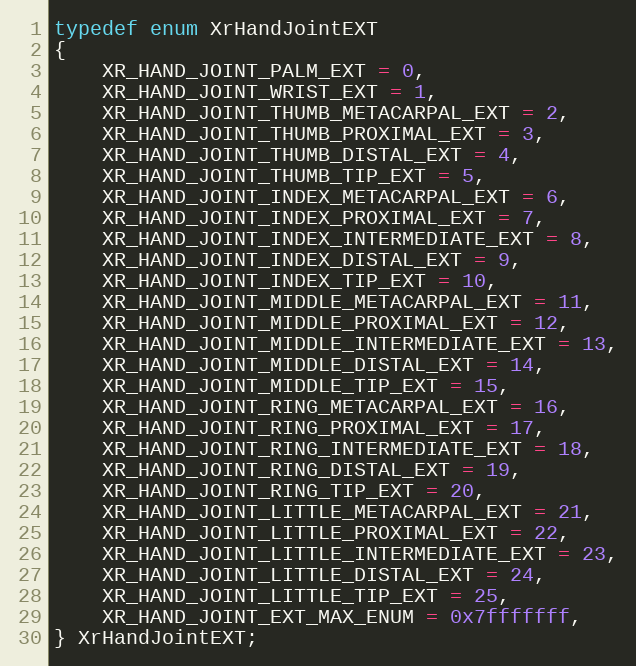
Language: C
typedef enum XrHandJointEXT
{
    XR_HAND_JOINT_PALM_EXT = 0,
    XR_HAND_JOINT_WRIST_EXT = 1,
    XR_HAND_JOINT_THUMB_METACARPAL_EXT = 2,
    XR_HAND_JOINT_THUMB_PROXIMAL_EXT = 3,
    XR_HAND_JOINT_THUMB_DISTAL_EXT = 4,
    XR_HAND_JOINT_THUMB_TIP_EXT = 5,
    XR_HAND_JOINT_INDEX_METACARPAL_EXT = 6,
    XR_HAND_JOINT_INDEX_PROXIMAL_EXT = 7,
    XR_HAND_JOINT_INDEX_INTERMEDIATE_EXT = 8,
    XR_HAND_JOINT_INDEX_DISTAL_EXT = 9,
    XR_HAND_JOINT_INDEX_TIP_EXT = 10,
    XR_HAND_JOINT_MIDDLE_METACARPAL_EXT = 11,
    XR_HAND_JOINT_MIDDLE_PROXIMAL_EXT = 12,
    XR_HAND_JOINT_MIDDLE_INTERMEDIATE_EXT = 13,
    XR_HAND_JOINT_MIDDLE_DISTAL_EXT = 14,
    XR_HAND_JOINT_MIDDLE_TIP_EXT = 15,
    XR_HAND_JOINT_RING_METACARPAL_EXT = 16,
    XR_HAND_JOINT_RING_PROXIMAL_EXT = 17,
    XR_HAND_JOINT_RING_INTERMEDIATE_EXT = 18,
    XR_HAND_JOINT_RING_DISTAL_EXT = 19,
    XR_HAND_JOINT_RING_TIP_EXT = 20,
    XR_HAND_JOINT_LITTLE_METACARPAL_EXT = 21,
    XR_HAND_JOINT_LITTLE_PROXIMAL_EXT = 22,
    XR_HAND_JOINT_LITTLE_INTERMEDIATE_EXT = 23,
    XR_HAND_JOINT_LITTLE_DISTAL_EXT = 24,
    XR_HAND_JOINT_LITTLE_TIP_EXT = 25,
    XR_HAND_JOINT_EXT_MAX_ENUM = 0x7fffffff,
} XrHandJointEXT;